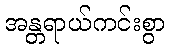
အန္တရာယ်ကင်းစွာ